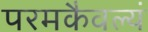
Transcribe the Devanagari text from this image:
परमकैवल्यं